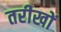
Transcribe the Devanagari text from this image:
तरीखों